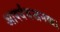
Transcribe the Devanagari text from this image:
आर्श्ययजनक।